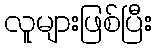
လူများဖြစ်ပြီး